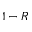
1 - R